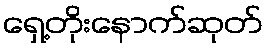
ရှေ့တိုးနောက်ဆုတ်